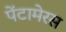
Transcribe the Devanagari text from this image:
पेंटामेरस